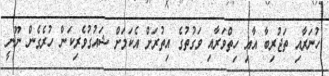
ހުނަރާއި ތަޖުރިބާ އާއި ހިތްވަރާއި ވަގުތުގެ އިތުރަށް އެކަމަށް ޝައުގުވެރިކަން ހުރެގެން ނޫނީ